Vaccine operations Central Provinces 1886-1899 - 1886-1899
Year: 1886
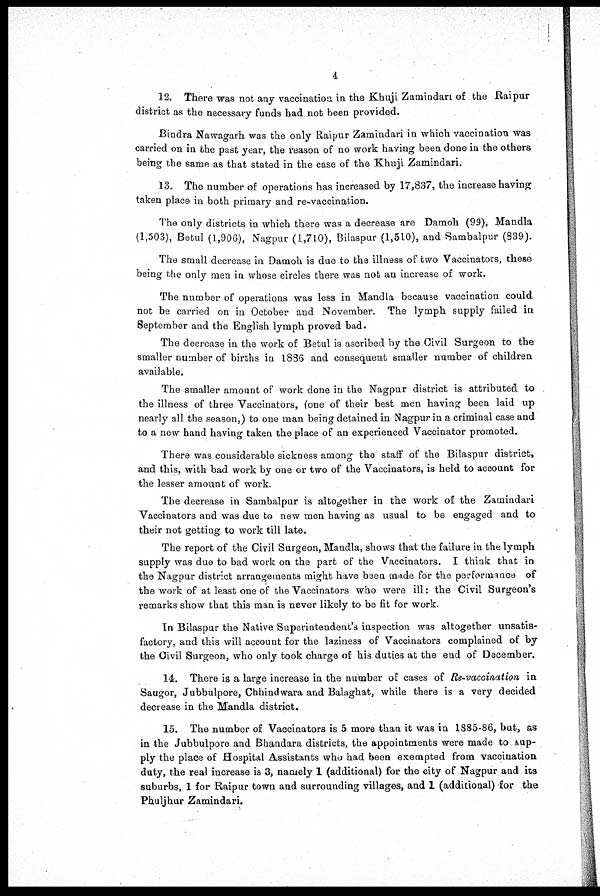
4
12. There was not any vaccination in the Khuji Zamindari of the Raipur
district as the necessary funds had not been provided.
Bindra Nawagarh was the only Raipur Zamindari in which vaccination was
carried on in the past year, the reason of no work having been done in the others
being the same as that stated in the case of the Khuji Zamindari.
13. The number of operations has increased by 17,837, the increase having
taken place in both primary and re-vaccination.
The only districts in which there was a decrease are Damoh. (99), Mandla
(1,503), Betul (1,906), Nagpur (1,710), Bilaspur (1,510), and Sambalpur (839).
The small decrease in Damoh is due to the illness of two Vaccinators, these
being the only men in whose circles there was not an increase of work.
The number of operations was less in Mandla because vaccination could
not be carried on in October and November. The lymph supply failed in
September and the English lymph proved bad.
The decrease in the work of Betul is ascribed by the Civil Surgeon to the
smaller number of births in 1886 and consequent smaller number of children
available.
The smaller amount of work done in the Nagpur district is attributed to
the illness of three Vaccinators, (one of their best men having been laid up
nearly all the season,) to one man being detained in Nagpur in a criminal case and
to a new hand having taken the place of an experienced Vaccinator promoted.
There was considerable sickness among the staff of the Bilaspur district,
and this, with bad work by one or two of the Vaccinators, is held to account for
the lesser amount of work.
The decrease in Sambalpur is altogether in the work of the Zamindari
Vaccinators and was due to new men having as usual to be engaged and to
their not getting to work till late.
The report of the Civil Surgeon, Mandla, shows that the failure in the lymph
supply was due to bad work on the part of the Vaccinators. I think that in
the Nagpur district arrangements might have been made for the performance of
the work of at least one of the Vaccinators who were ill: the Civil Surgeon's
remarks show that this man is never likely to be fit for work
In Bilaspur the Native Superintendent's inspection was altogether unsatis-
factory, and this will account for the laziness of Vaccinators complained of by
the Civil Surgeon, who only took charge of his duties at the end of December.
14. There is a large increase in the number of cases of Re-vacoination in
Saugor, Jubbulpore, Chhindwara and Balaghat, while there is a very decided
decrease in the Mandla district.
15. The number of Vaccinators is 5 more than it was in 1885-86, but, as
in the Jubbulpore and Bhandara districts, the appointments were made to sup-
ply the place of Hospital Assistants who had been exempted from vaccination
duty, the real increase is 3, namely 1 (additional) for the city of Nagpur and its
suburbs, 1 for Raipur town and surrounding villages, and 1 (additional) for the
Phuljhur Zamindari.